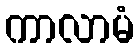
ကာလာမံ